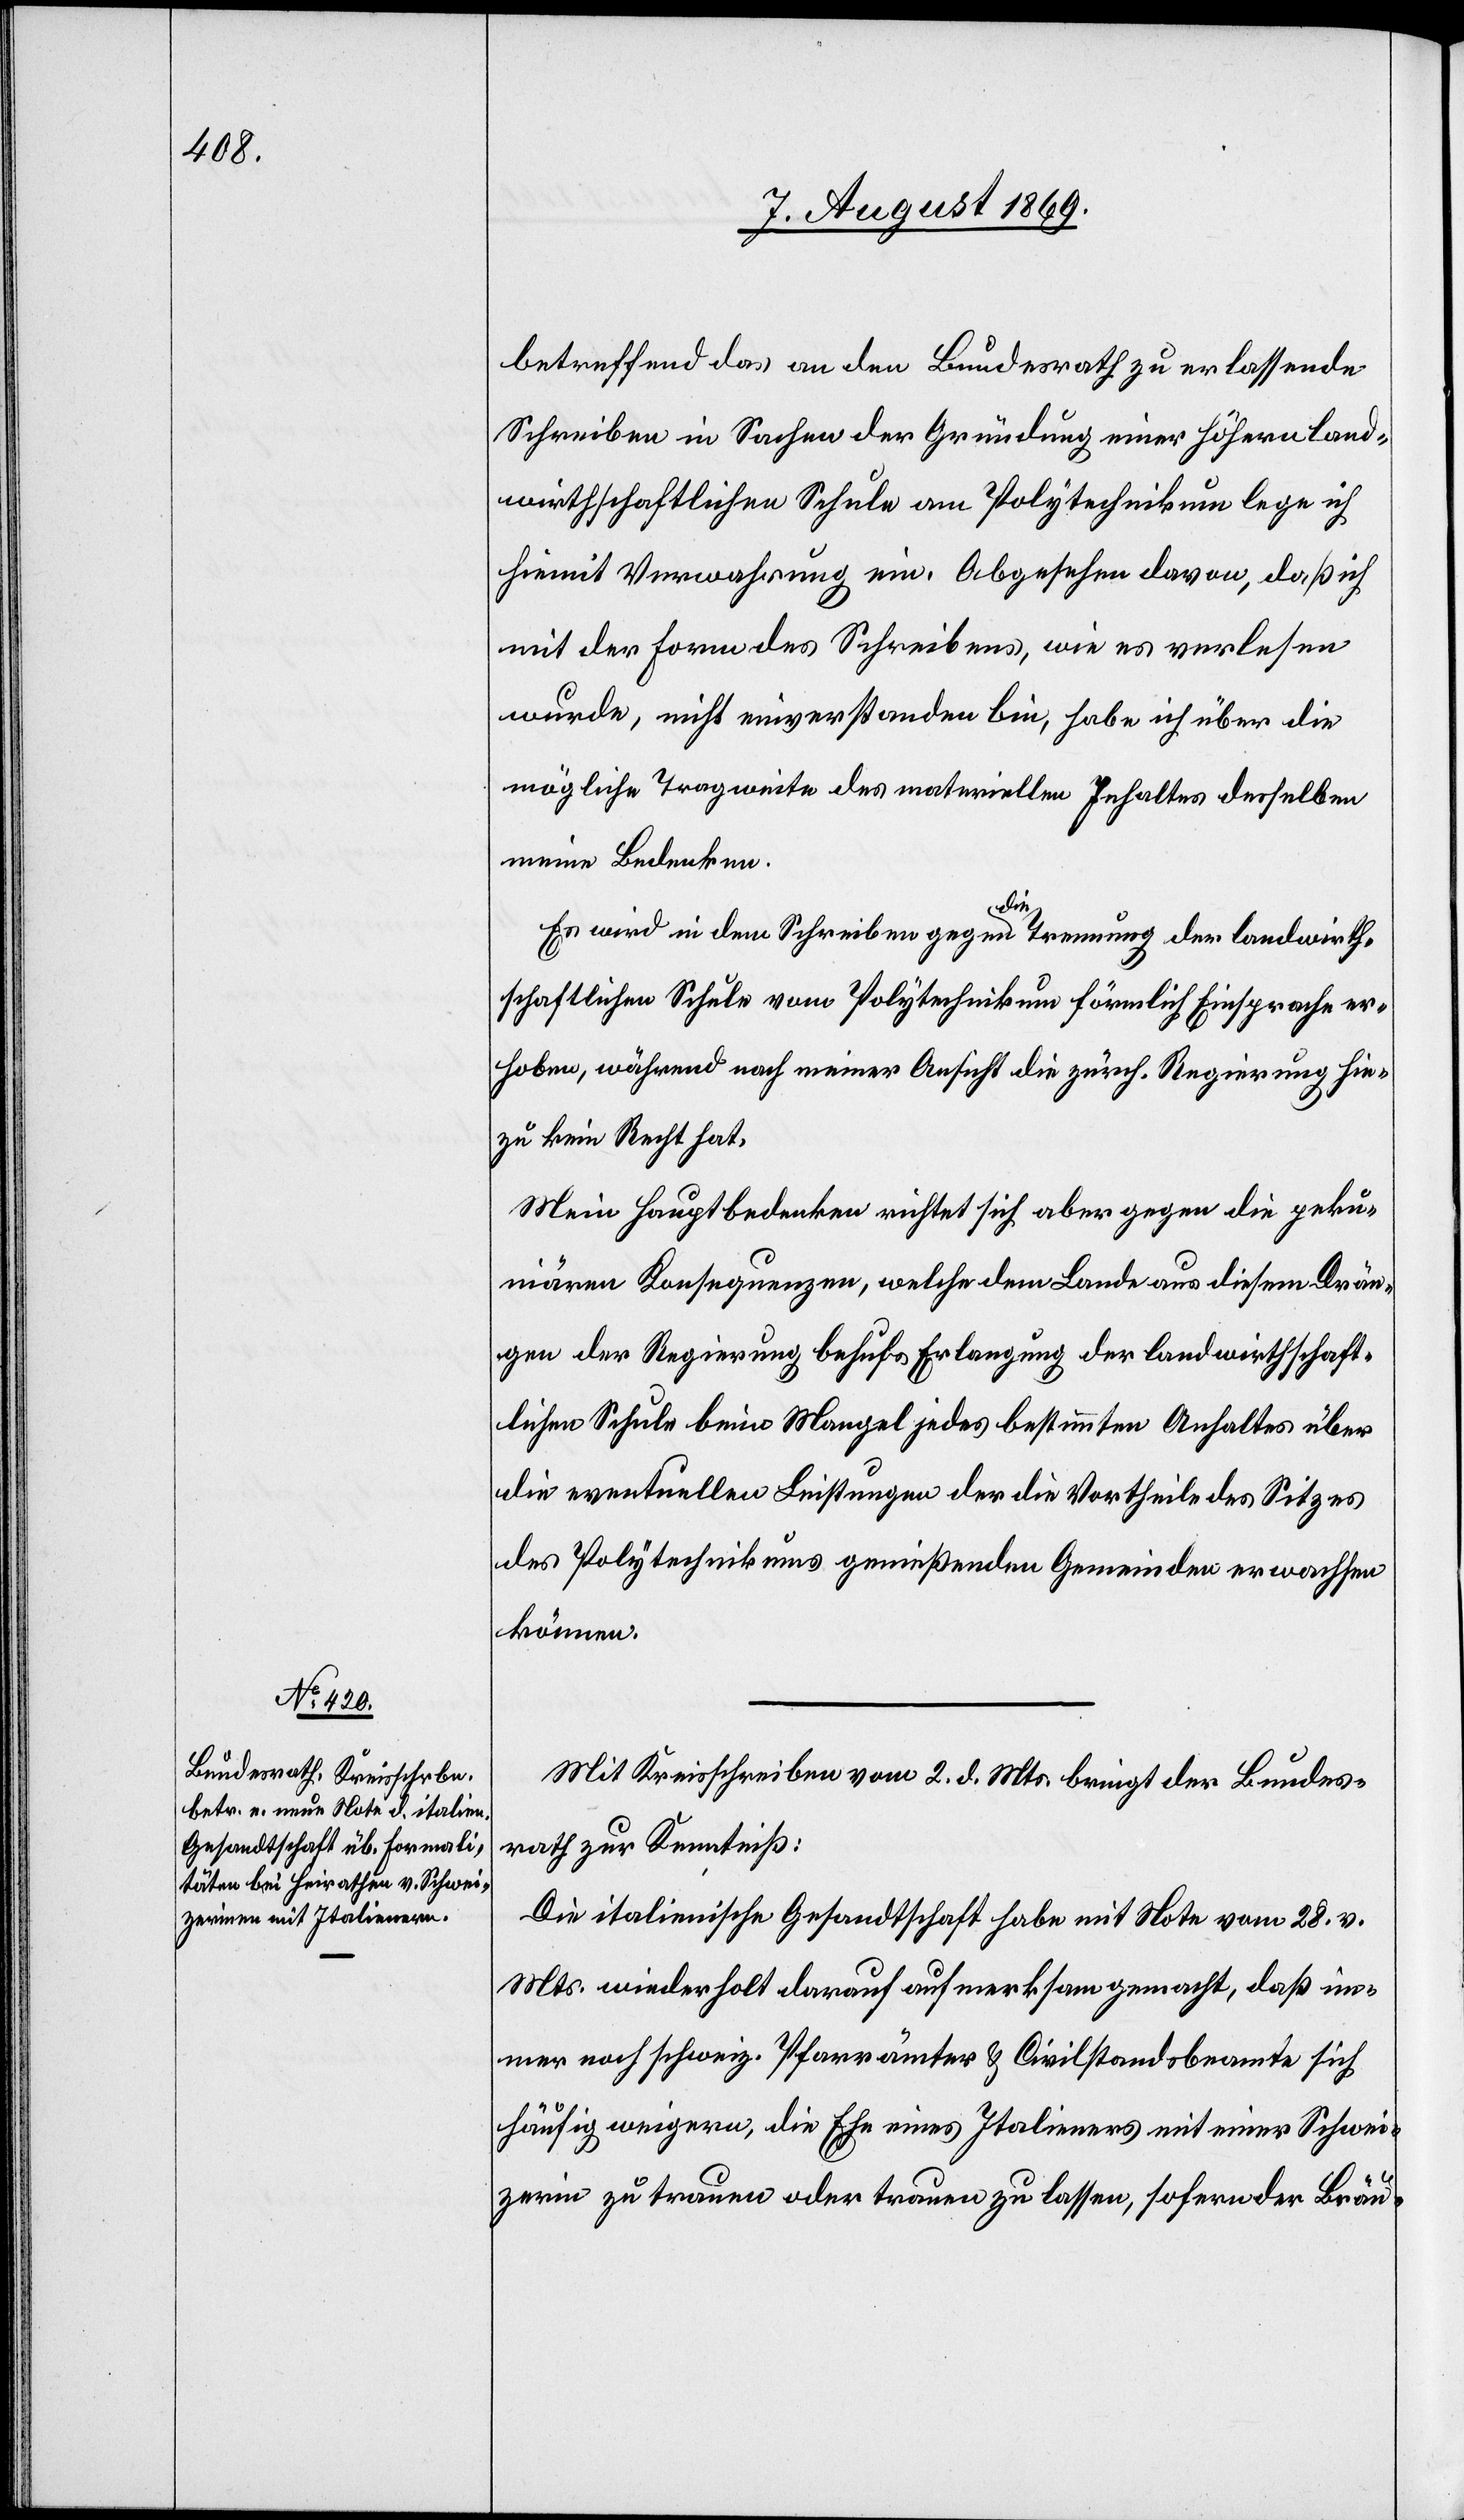
betreffend das an den Bundesrath zu erlassende
Schreiben in Sachen der Gründung einer höhern land¬
wirthschaftlichen Schule am Polytechnikum lege ich
hiemit Verwahrung ein. Abgesehen davon, daß ich
mit der Form des Schreibens, wie es verlesen
wurde, nicht einverstanden bin, habe ich über die
mögliche Tragweite des materiellen Inhaltes desselben
meine Bedenken.
Es wird in dem Schreiben gegen die Trennung der landwirth¬
schaftlichen Schule vom Polytechnikum förmlich Einsprache er¬
hoben, während nach meiner Ansicht die zürch. Regierung hie¬
zu kein Recht hat.
Mein Hauptbedenken richtet sich aber gegen die peku¬
niären Konsequenzen, welche dem Lande aus diesem Drän¬
gen der Regierung behufs Erlangung der landwirthschaft¬
lichen Schule beim Mangel jedes bestimmten Anhaltes über
die eventuellen Leistungen der die Vortheile des Sitzes
des Polytechnikums genießenden Gemeinden erwachsen
können.
Mit Kreisschreiben vom 2 d. Mts. bringt der Bundes¬
rath zur Kenntniß:
Die italienische Gesandtschaft habe mit Note vom 28 v.
Mts. wiederholt darauf aufmerksam gemacht, daß i¬
mmer noch schweiz. Pfarrämter & Civilstandsbeamte sich
häufig weigern, die Ehe eines Italieners mit einer Schwei¬
zerin zu trauen oder trauen zu lassen, so fern der Bräu-